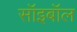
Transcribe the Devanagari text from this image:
सॉइबॉल